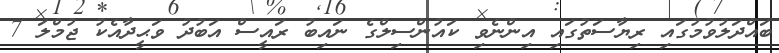
ބައްދަލުވުމުގައި ރިޔާސަތުގައި އިންނެވި ކައުންސިލްގެ ނައިބު ރައީސް އަބުދު ވަޙީދާއެކު ޖުމްލަ 7